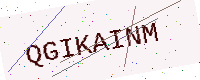
Text: QGIKAINM